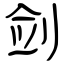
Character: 剑